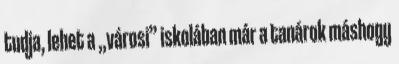
tudja, lehet a „városi” iskolában már a tanárok máshogy